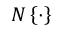
N \left\{ \cdot \right\}